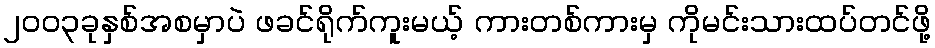
၂၀၀၃ခုနှစ်အစမှာပဲ ဖခင်ရိုက်ကူးမယ့် ကားတစ်ကားမှ ကိုမင်းသားထပ်တင်ဖို့